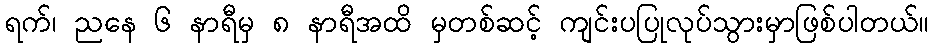
ရက်၊ ညနေ ၆ နာရီမှ ၈ နာရီအထိ မှတစ်ဆင့် ကျင်းပပြုလုပ်သွားမှာဖြစ်ပါတယ်။